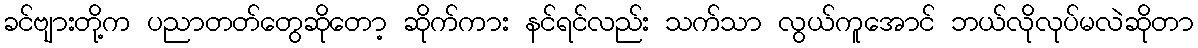
ခင်ဗျားတို့က ပညာတတ်တွေဆိုတော့ ဆိုက်ကား နင်ရင်လည်း သက်သာ လွယ်ကူအောင် ဘယ်လိုလုပ်မလဲဆိုတာ